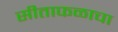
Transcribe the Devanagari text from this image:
सीताफळाचा